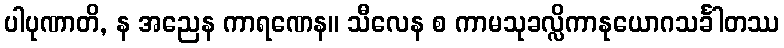
ပါပုဏာတိ, န အညေန ကာရဏေန။ သီလေန စ ကာမသုခလ္လိကာနုယောဂသင်္ခါတဿ